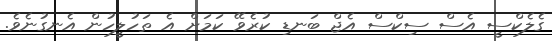
ގެލެކްސީ އެސް ސިކްސް އެޖް ބަނޑި ކުރެވޭ ކަމަށް އެ ތަހުލީހުން އެނގުނެވެ.